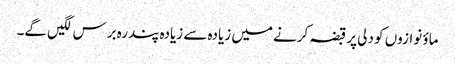
ماؤ نوازوں کو دلی پر قبضہ کرنے میں زیادہ سے زیادہ پندرہ برس لگیں گے۔